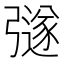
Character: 𭛉